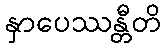
နှာပေဿန္တီတိ